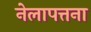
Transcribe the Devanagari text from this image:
नेलापत्तना